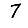
Digit: 7